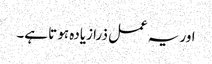
اور یہ عمل ذرا زیادہ ہو تا ہے۔